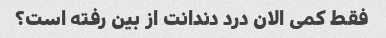
فقط کمی الان درد دندانت از بین رفته است؟